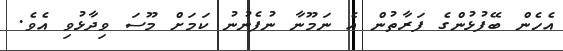
އެހެން ބޭފުޅުންގެ ފަރާތުން އެ ނަމޫނާ ނުފެނުނު ކަމަށް މޫސަ ވިދާޅުވި އެވެ.